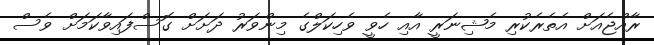
ރާއްޖެއަށް އެތެރެކުރި މެޝިނަރީ އާއި ހެވީ ވެހިކަލްގެ މިންވަރު ދަށަށް ގޮސްފައިވާކަމަށް ވެސް